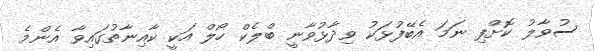
ސުވާލު ކޮށްފި ނަމަ އެބޭފުޅަކު ވިދާޅުވާނީ ބްލެކް ހޯލް އަކީ ކާއިނާތުގައިވާ އެންމެ